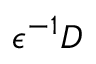
\epsilon ^ { - 1 } D